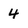
Character: 4